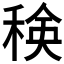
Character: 𮃍